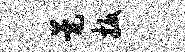
甍扳